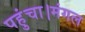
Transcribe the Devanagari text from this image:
पहुंचा।मंगल